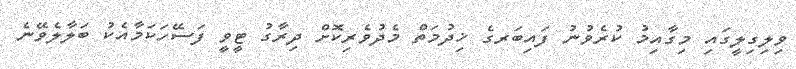
ވިލިގިލީގައި މިގާއިމު ކުރެވުނު ފައިބަރގެ ޚިދުމަތް މެދުވެރިކޮށް ދިރާގު ޓީވީ ފަސޭހަކަމާއެކު ބަލާލެވޭނެ